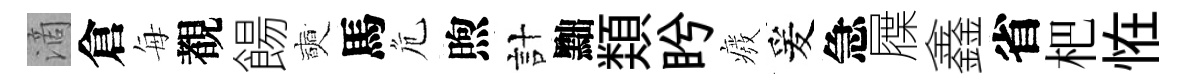
滴倉每覩餳奭馬危煦計黜𩔖盻癈爰急屧鑫省杷恠